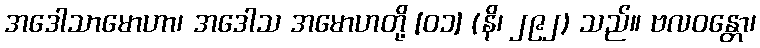
အဒေါသာမောဟာ၊ အဒေါသ အမောဟတို့ [၀၁] (နိ၊ ၂၉၂) သည်။ ဗလဝန္တော၊